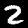
Label: 2